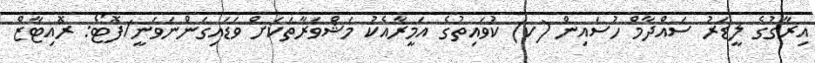
އިރާގުގެ ލީޑަރު ސައްދާމް ހުސައިން (ކ) ކުވައިތުގެ އަމީރާއެކު މަޝްވަރާތަކަށް ވަޑައިގަންނަވަނީ/ފޮޓޯ: ރޮއިޓާޒް